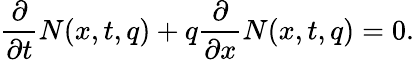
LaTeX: \frac{\partial}{\partial{t}}N(x,t,q)+q\frac{\partial}{\partial{x}}N(x,t,q)=0.